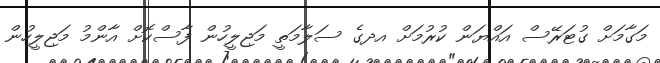
މަގާމަށް ގުޓަރޭސް އައްޔަން ކުރުމަށް އދގެ ސަލާމަތީ މަޖިލީހުން ފާސްކޮށް އާންމު މަޖިލީހުން